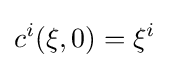
c^{i}(\xi ,0)=\xi ^{i}